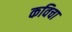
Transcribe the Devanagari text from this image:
कविचा